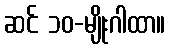
ဆင် ၁၀-မျိုးဂါထာ။